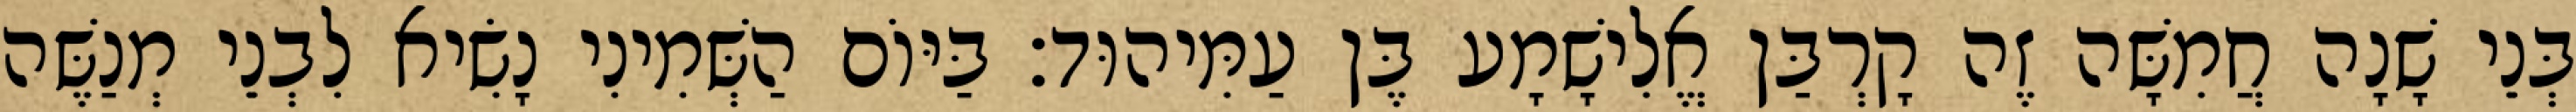
בְּנֵי שָׁנָה חֲמִשָּׁה זֶה קָרְבַּן אֱלִישָׁמָע בֶּן עַמִּיהוּד׃ בַּיּוֹם הַשְּׁמִינִי נָשִׂיא לִבְנֵי מְנַשֶּׁה